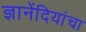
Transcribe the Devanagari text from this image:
ज्ञानेंदियांचा